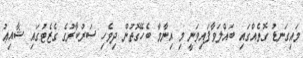
މައިގަނޑު ގޮތެއްގައި ބައްލަވާފައިވަނީ މި އިނާމާ ބެހޭގޮތުން ދިވެހި ސަރުކާރުގެ ގެޒެޓުގައި ޝާއިޢު